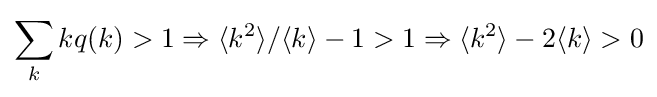
\sum _{k}kq(k)>1\Rightarrow {\langle k^{2}\rangle }/{\langle k\rangle }-1>1\Rightarrow {\langle k^{2}\rangle }-2{\langle k\rangle }>0